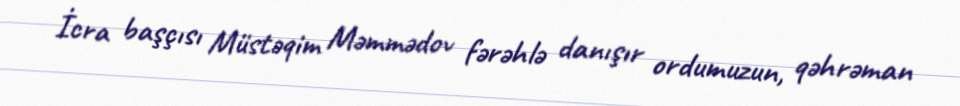
İcra başçısı Müstəqim Məmmədov fərəhlə danışır ordumuzun, qəhrəman